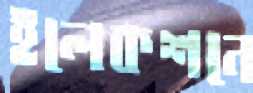
ইলেকশনে